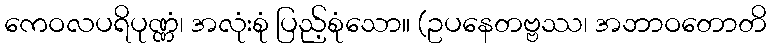
ကေဝလပရိပုဏ္ဏံ၊ အလုံးစုံ ပြည့်စုံသော။ (ဥပနေတဗ္ဗဿ၊ အဘာဝတောတိ